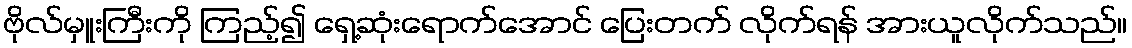
ဗိုလ်မှူးကြီးကို ကြည့်၍ ရှေ့ဆုံးရောက်အောင် ပြေးတက် လိုက်ရန် အားယူလိုက်သည်။